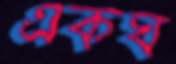
একঘ